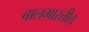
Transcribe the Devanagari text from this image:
बालभारतीत